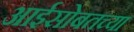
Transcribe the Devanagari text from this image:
आईसोबतच्या